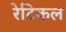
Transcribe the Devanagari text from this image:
रेटिकल